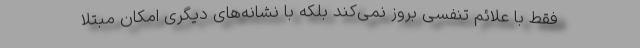
فقط با علائم تنفسی بروز نمی‌کند بلکه با نشانه‌های دیگری امکان مبتلا